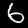
Label: 6